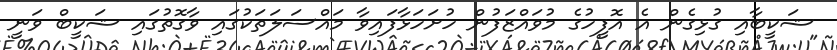
ޝަކީބާއި ގުޅިގެން އެ އޮފީހުގެ މުވައްޒަފުން ހުށަހަޅާފައިވާ މައްސަލަތަކުގައި ވާގޮތުގައި ޝަކީބް ވަނީ